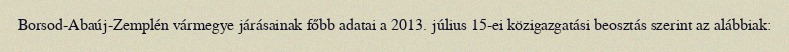
Borsod-Abaúj-Zemplén vármegye járásainak főbb adatai a 2013. július 15-ei közigazgatási beosztás szerint az alábbiak: